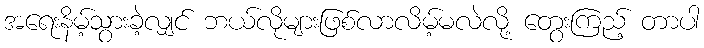
အရေးနိမ့်သွားခဲ့လျှင် ဘယ်လိုများဖြစ်လာလိမ့်မလဲလို့ တွေးကြည့် တာပါ